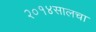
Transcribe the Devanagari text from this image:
२०१४सालचा